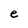
Character: e